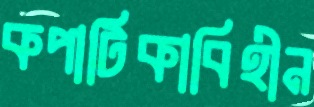
কপাটিকাবিহীন